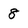
Character: 8